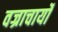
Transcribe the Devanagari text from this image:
वज्राचार्यों